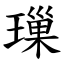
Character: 璅